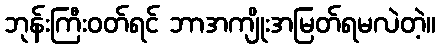
ဘုန်းကြီးဝတ်ရင် ဘာအကျိုးအမြတ်ရမလဲတဲ့။